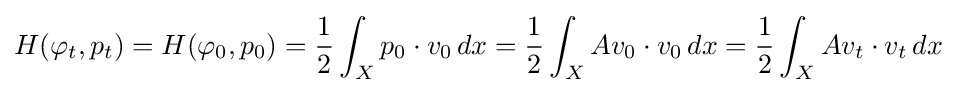
H(\varphi _{t},p_{t})=H(\varphi _{0},p_{0})={\frac {1}{2}}\int _{X}p_{0}\cdot v_{0}\,dx={\frac {1}{2}}\int _{X}Av_{0}\cdot v_{0}\,dx={\frac {1}{2}}\int _{X}Av_{t}\cdot v_{t}\,dx